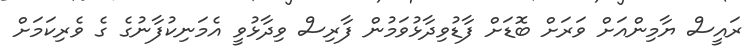
ރައީސް ޔާމިންއަށް ވަރަށް ބޮޑަށް ފާޑުވިދާޅުވަމުން ފާރިސް ވިދާޅުވީ އެމަނިކުފާނުގެ ގެ ވެރިކަމަށް